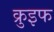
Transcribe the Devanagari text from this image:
क्रुइफ